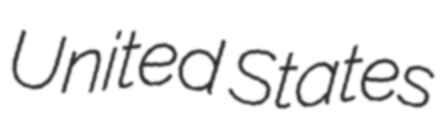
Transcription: United States